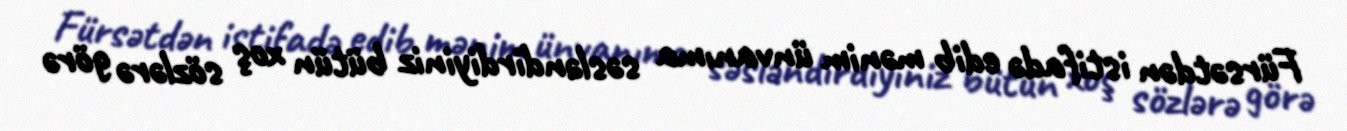
Fürsətdən istifadə edib mənim ünvanıma səsləndirdiyiniz bütün xoş sözlərə görə